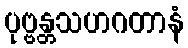
ပုဗ္ဗန္တသဟဂတာနံ